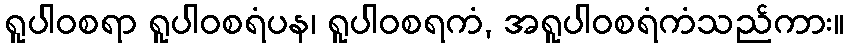
ရူပါဝစရာ ရူပါဝစရံပန၊ ရူပါဝစရကံ, အရူပါဝစရံကံသည်ကား။